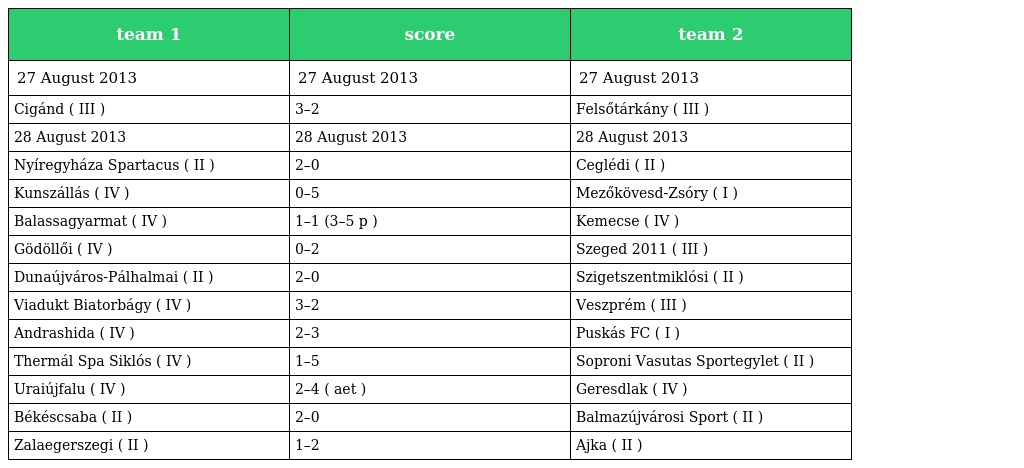
| team 1 | score | team 2 |
 | --- | --- | --- |
 | 27 August 2013 | 27 August 2013 | 27 August 2013 |
 | Cigánd ( III ) | 3–2 | Felsőtárkány ( III ) |
 | 28 August 2013 | 28 August 2013 | 28 August 2013 |
 | Nyíregyháza Spartacus ( II ) | 2–0 | Ceglédi ( II ) |
 | Kunszállás ( IV ) | 0–5 | Mezőkövesd-Zsóry ( I ) |
 | Balassagyarmat ( IV ) | 1–1 (3–5 p ) | Kemecse ( IV ) |
 | Gödöllői ( IV ) | 0–2 | Szeged 2011 ( III ) |
 | Dunaújváros-Pálhalmai ( II ) | 2–0 | Szigetszentmiklósi ( II ) |
 | Viadukt Biatorbágy ( IV ) | 3–2 | Veszprém ( III ) |
 | Andrashida ( IV ) | 2–3 | Puskás FC ( I ) |
 | Thermál Spa Siklós ( IV ) | 1–5 | Soproni Vasutas Sportegylet ( II ) |
 | Uraiújfalu ( IV ) | 2–4 ( aet ) | Geresdlak ( IV ) |
 | Békéscsaba ( II ) | 2–0 | Balmazújvárosi Sport ( II ) |
 | Zalaegerszegi ( II ) | 1–2 | Ajka ( II ) |